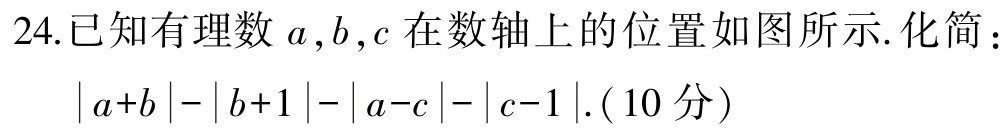
24.已知有理数\(a,b,c\)在数轴上的位置如图所示.化简：
\(\vert a + b\vert-\vert b + 1\vert-\vert a - c\vert-\vert c - 1\vert\).(10分)